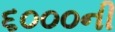
૬૦૦૦ની